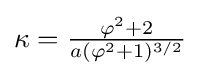
\kappa ={\tfrac {\varphi ^{2}+2}{a(\varphi ^{2}+1)^{3/2}}}